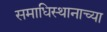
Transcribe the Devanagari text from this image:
समाधिस्थानाच्या